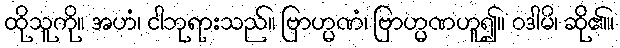
ထိုသူကို။ အဟံ၊ ငါဘုရားသည်။ ဗြာဟ္မဏံ၊ ဗြာဟ္မဏဟူ၍။ ဝဒါမိ၊ ဆို၏။